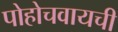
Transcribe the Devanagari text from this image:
पोहोचवायची